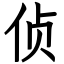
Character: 侦